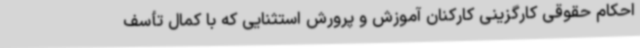
احکام حقوقی کارگزینی کارکنان آموزش و پرورش استثنایی که با کمال تأسف